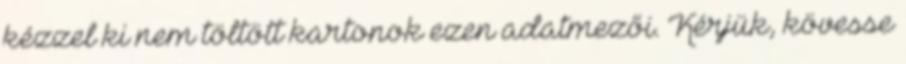
kézzel ki nem töltött kartonok ezen adatmezői. Kérjük, kövesse